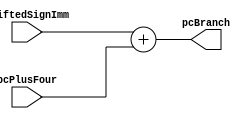
module pcBranch #(
    parameter WIDTH = 32
) (
    output wire [WIDTH-1:0] pcBranch, 
    input  wire [WIDTH-1:0] shiftedSignImm,
    input  wire [WIDTH-1:0] pcPlusFour
);

assign pcBranch = shiftedSignImm + pcPlusFour; 

endmodule